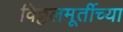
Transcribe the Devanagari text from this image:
विठ्ठलमूर्तीच्या